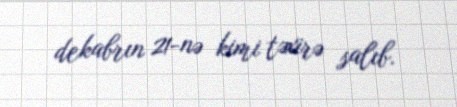
dekabrın 21-nə kimi təxirə salıb.